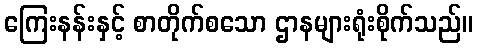
ကြေးနန်းနှင့် စာတိုက်စသော ဌာနများရုံးစိုက်သည်။